Senior Leaving Certificate Examination (including Day School Certificate (Higher) General paper), 1946
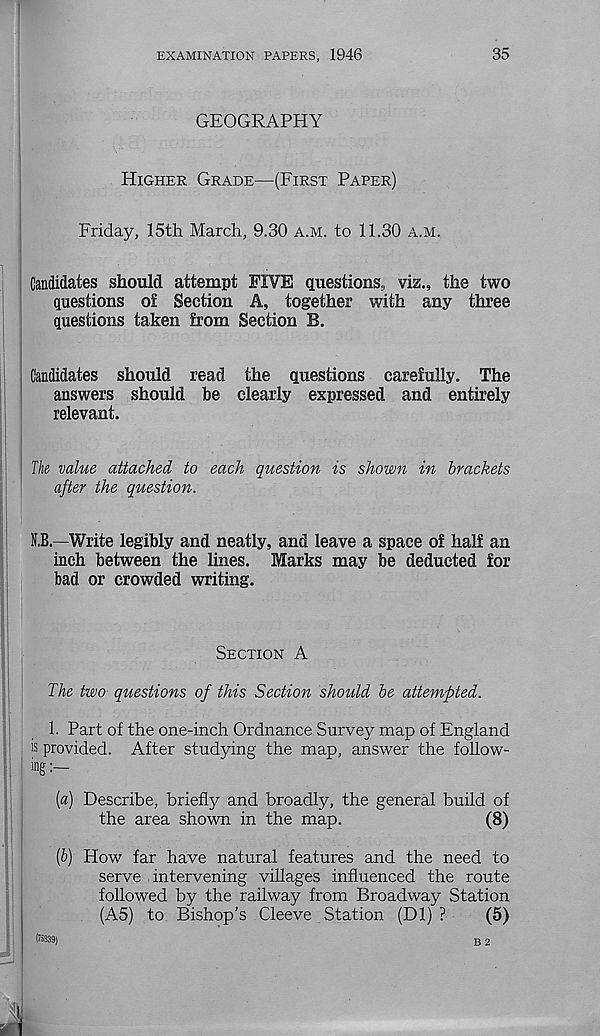
EXAMINATION PAPERS, 1946
35
GEOGRAPHY
Higher Grade—(First Paper)
Friday, 15th March, 9.30 a.m. to 11.30 a.m.
Candidates should attempt FIVE questions, viz., the two
questions of Section A, together with any three
questions taken from Section B.
Candidates should read the questions carefully. The
answers should be clearly expressed and entirely
relevant.
The value attached to each question is shown in brackets
after the question.
N.B.—Write legibly and neatly, and leave a space of half an
inch between the lines. Marks may be deducted for
bad or crowded writing.
Section A
The two questions of this Section shoidd be attempted.
1. Part of the one-inch Ordnance Survey map of England
is provided. After studying the map, answer the follow-
ing:—
(a) Describe, briefly and broadly, the general build of
the area shown in the map.
(8)
[b) How far have natural features and the need to
serve intervening villages influenced the route
followed by the railway from Broadway Station
(A5) to Bishop’s Cleeve Station (Dl) ?
(5)